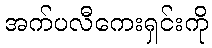
အက်ပလီကေးရှင်းကို